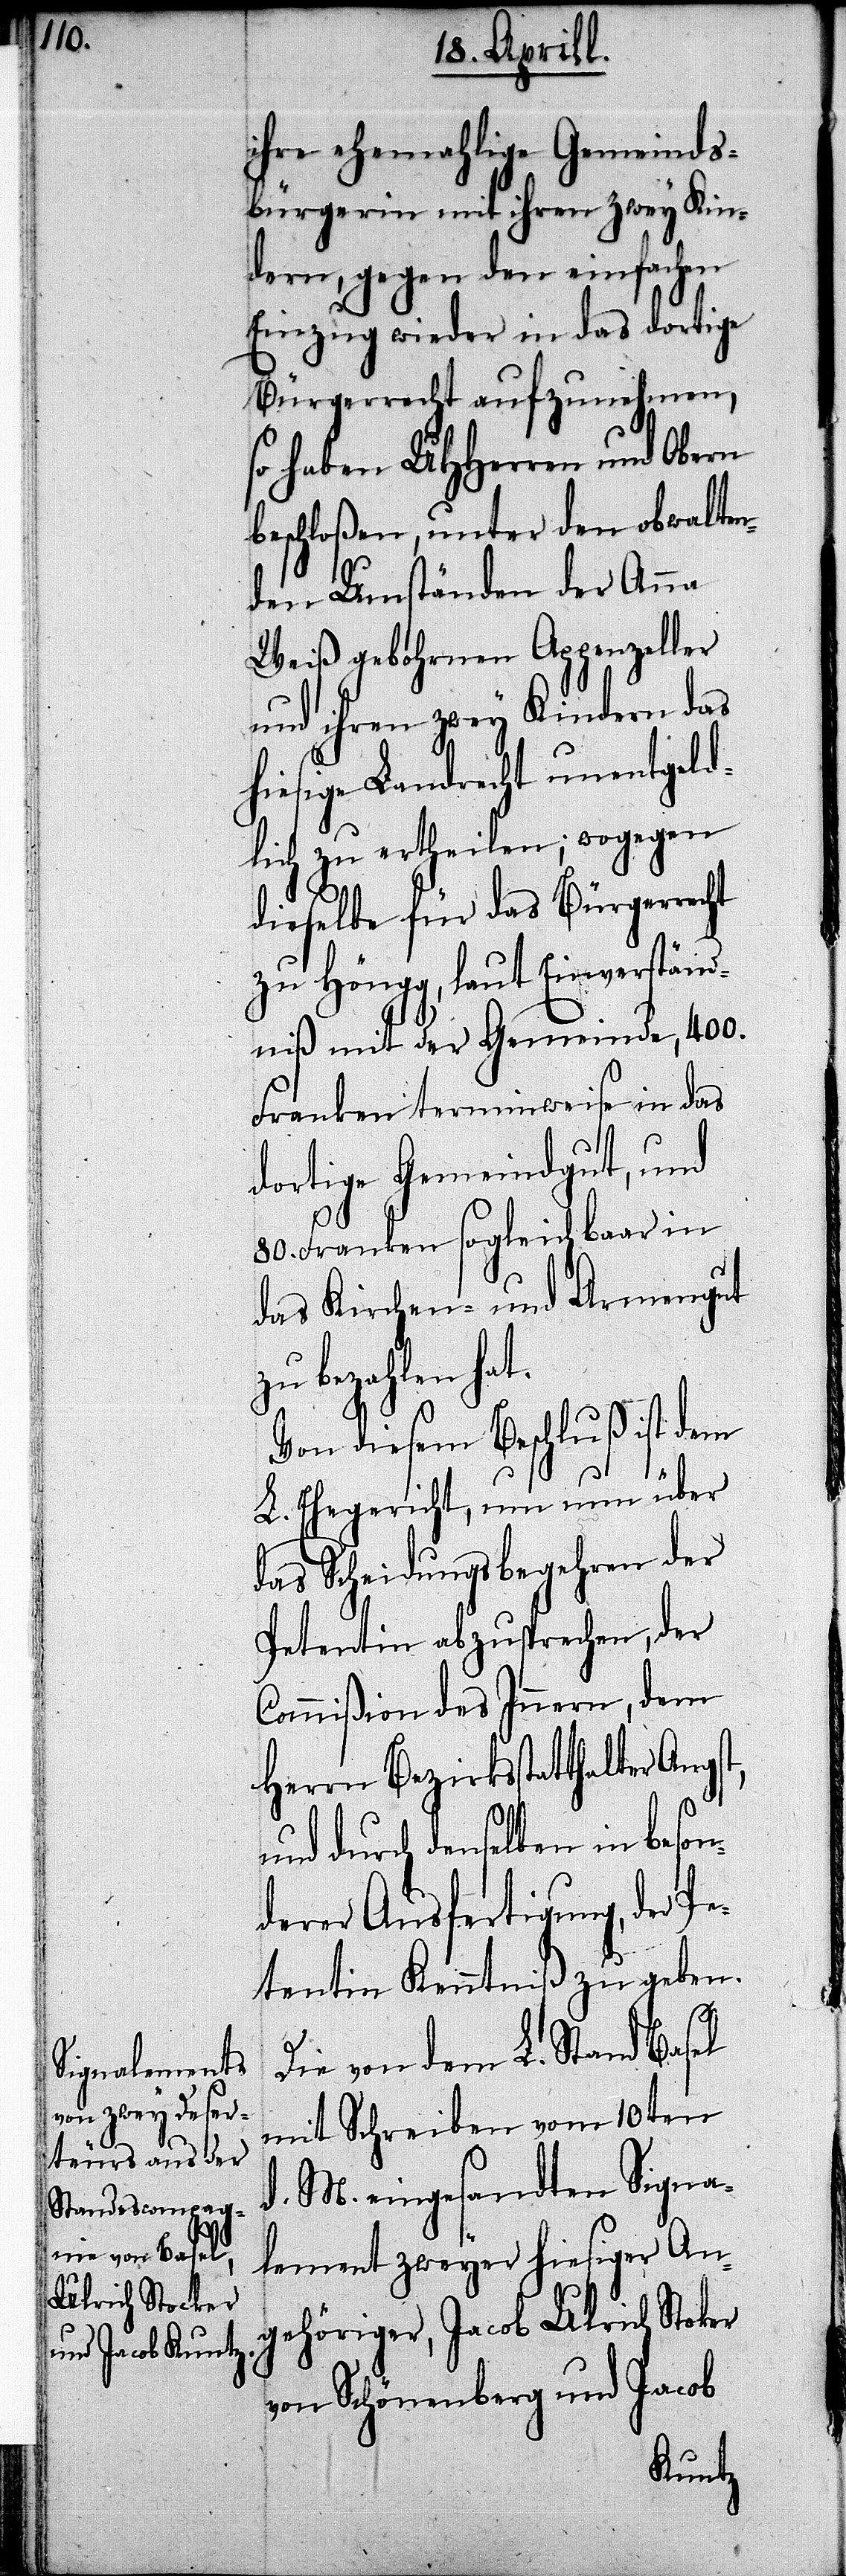
ihre ehemahlige Gemeinds¬
bürgerin mit ihren zwey Kin¬
dern, gegen den einfachen
Einzug wieder in das dortige
Bürgerrecht aufzunehmen,
so haben UHHerren und Obern
beschloßen, unter den obwalten¬
den Umständen der Anna
Weiß gebohrnen Appenzeller
und ihren zwey Kindern das
hiesige Landrecht unentgeld¬
lich zu ertheilen; wogegen
dieselbe für das Bürgerrecht
zu Höngg, laut Einverständ¬
niß mit der Gemeinde, 400.
Franken terminweise in das
dortige Gemeindgut, und
80. Franken sogleich baar in
das Kirchen- und Armengut
bezahlen hat.
Von diesem Beschluß ist dem
L. Ehegericht, um nun über
das Scheidungsbegehren der
Petentin abzusprechen, der
Commißion des Innern, dem
Herrn Bezirksstatthalter Angs¬
und durch denselben in beson¬
derer Ausfertigung, der Pe¬
tentin Kenntnißzu geben.
t,
Die von dem L. Stand Basel
mit Schreiben vom 10ten
d. M. eingesandten Signa¬
lement zweyer hiesiger An¬
gehöriger, Jacob Ulrich Stoker
von Schönenberg und Jacob